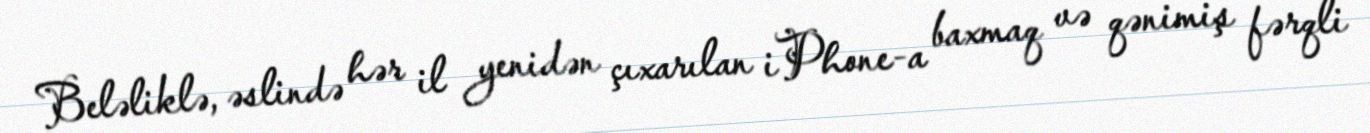
Beləliklə, əslində hər il yenidən çıxarılan iPhone-a baxmaq və qənimiş fərqli